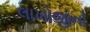
લાખોજીનો